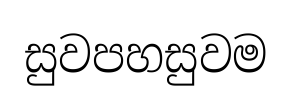
සුවපහසුවම